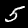
Digit: 5